Vaccination in Bombay 1874-1876 - 1874-1876
Year: 1874
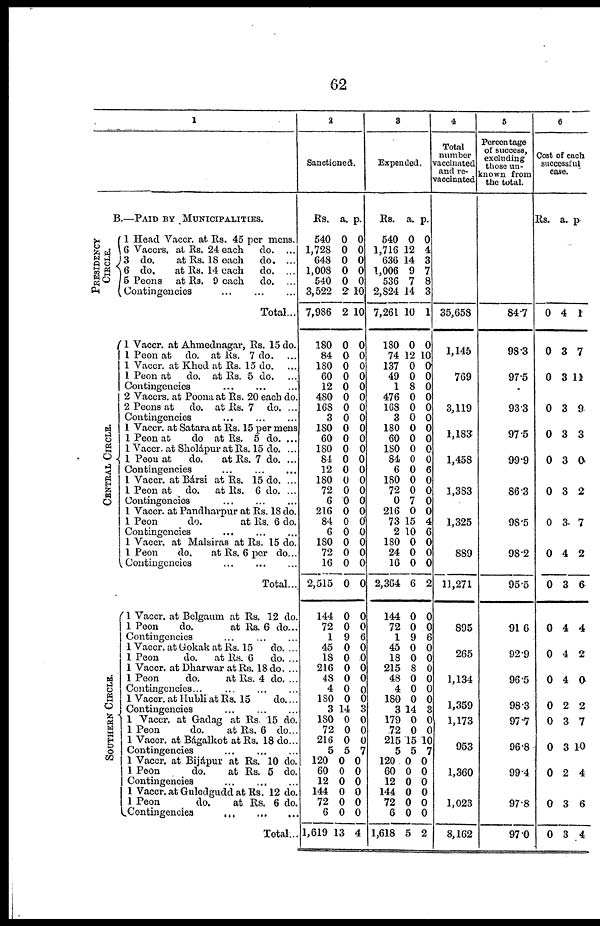
62
1
B.—PAID BY MUNICIPALITIES.
PRESIDENCY
CIRCLE.
CENTRAL CIRCLE.
S OUT HE RN CI RCLE.
1 Head Vaccr. at Rs. 45 per mens.
6 Vaccrs. at Rs. 24 each
do. ...
3 do.
at Rs. 18 each
do. ...
6 do.
at Rs. 14 each
do. ...
5 Peons at Rs. 9 each
do.
Contingencies
Total...
1 Vaccr. at Ahmednagar, Rs. 15 do.
1 Peon at do. at Rs. 7 do.
1 Vaccr. at Khed at Rs. 15 do.
1 Peon at
do. at Rs. 5 do.
Contingencies
...
...
...
2 Vaccrs. at Poona at Rs. 20 each do.
2 Peons at
do. at Rs. 7 do. ...
Contingencies
...
...
...
1 Vaccr. at Satara at Rs. 15 per mens
1 Peon at
do at Rs. 5 do. ...
1 Vaccr. at Sholápur at Rs. 15 do. ...
1 Peon at
do.
at Rs. 7 do. ...
Contingencies
...
...
...
1 Vaccr. at Bársi at Rs. 15 do. ...
1 Peon at do. at Rs. 6 do. ...
Contingencies ... ... ...
1 Vaccr. at Pandharpur at Rs. 18 do.
1 Peon
do.
at Rs. 6 do.
Contingencies
...
...
...
1 Vaccr. at Malsiras at Rs. 15 do.
1 Peon
do.
at Rs. 6 per do...
Contingencies ... ... ...
Total...
1 Vaccr. at Belgaum at Rs. 12 do.
1 Peon
do.
at Rs. 6 do...
Contingencies
1 Vaccr. at Gokak at Rs. 15
do. ...
1 Peon
do.
at Rs. 6
do....
1 Vaccr. at Dharwar at Rs. 18 do. ...
1 Peon
do.
at Rs. 4 do. ...
Contingencies...
1 Vaccr. at Hubli at Rs. 15
do....
Contingencies
1 Vaccr. at Gadag at Rs. 15 do.
1 Peon
do.
at Rs. 6 do...
1 Vaccr. at Bágalkot at Rs. 18 do...
Contingencies
...
...
...
1 Vaccr. at Bijapur at Rs. 10 do.
1 Peon
do.
at Rs. 5 do.
Contingencies
...
...
...
1 Vaccr. at Guledgudd at Rs. 12 do.
1 Peon
do.
at Rs. 6 do.
Contingencies
...
...
...
Total..
2
Sanctioned.
Rs.
540
1,728
648
1,008
540
3,522
7,986
180
84
180
60
12
480
168
3
180
60
180
84
12
180
72
6
216
84
6
180
72
16
2,515
144
72
1
45
18
216
48
4
180
3
180
72
216
5
120
60
12
144
72
6
1,619
a.
0
0
0
0
0
2
2
0
0
0
0
0
0
0
0
0
0
0
0
0
0
0
0
0
0
0
0
0
0
0
0
0
9
0
0
0
0
0
0
14
0
0
0
5
0
0
0
0
0
0
13
p.
0
0
0
0
0
10
10
0
0
0
0
0
0
0
0
0
0
0
0
0
0
0
0
0
0
0
0
0
0
0
0
0
6
0
0
0
0
0
0
3
0
0
0
7
0
0
0
0
0
0
4
3
Expended.
Rs.
540
1,716
636
1,006
536
2,824
7,261
180
74
137
49
1
476
168
3
180
60
180
84
6
180
72
0
216
73
2
180
24
16
2,364
144
72
1
45
18
215
48
4
180
3
179
72
215
5
120
60
12
144
72
6
1,618
a.
0
12
14
9
7
14
10
0
12
0
0
8
0
0
0
0
0
0
0
0
0
0
7
0
15
10
0
0
0
6
0
0
9
0
0
8
0
0
0
14
0
0
15
5
0
0
0
0
0
0
5
p.
0
4
3
7
8
3
1
0
10
0
0
0
0
0
0
0
0
0
0
6
0
0
0
0
4
6
0
0
0
2
0
0
6
0
0
0
0
0
0
3
0
0
10
7
0
0
0
0
0
0
2
4
Total
number
vaccinated
and re-
vaccinated
35,658
1,145
769
3,119
1,183
1,458
1,383
1,325
889
11,271
895
265
1,134
1,359
1,173
953
1,360
1,023
8,162
5
Percentage
of success,
excluding
those un-
known from
the total.
84.7
98.3
97.5
93.3
97.5
99.9
86.3
98.5
98.2
95.5
91.6
92.9
96.5
98.3
97.7
96.8
99.4
97.8
97.0
6
Cost of each
successful
case.
Rs.
0
0
0
0
0
0
0
0
0
0
0
0
0
0
0
0
0
0
0
a.
4
3
3
3
3
3
3
3
4
3
4
4
4
2
3
3
2
3
3
p.
1
7
11
9
3
0
2
7
2
6
4
2
0
2
7
10
4
6
4